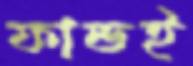
ফান্ডই